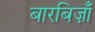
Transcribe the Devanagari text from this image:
बारबिज़ाँ